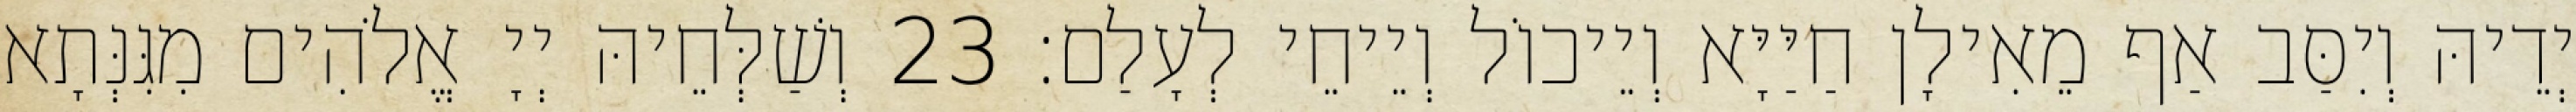
יְדֵיהּ וְיִסַּב אַף מֵאִילָן חַיַּיָּא וְיֵיכוֹל וְיֵיחֵי לְעָלַם׃ 23 וְשַׁלְּחֵיהּ יְיָ אֱלֹהִים מִגִּנְּתָא